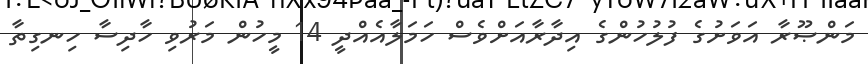
މަންޞޫރާ އަވަށުގެ ފުލުހުންގެ އިދާރާއަށްވެސް ހަމަލާއެއްދީ 14 މީހުން މަރުވި ހާދިސާ ހިނގިތާ